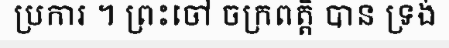
ប្រការ ។ ព្រះចៅ ចក្រពត្តិ បាន ទ្រង់